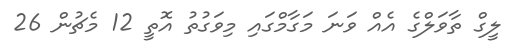
ލީގް ތާވަލްގެ އެއް ވަނަ މަގާމްގައި މިވަގުތު އޮތީ 12 މެޗުން 26